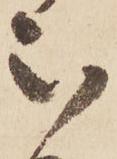
被